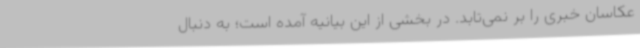
عکاسان خبری را بر نمی‌تابد. در بخشی از این بیانیه آمده است؛ به دنبال